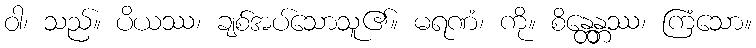
ဝါ၊ သည်။ ပိယဿ၊ ချစ်အပ်သောသူ၏။ မရဏံ၊ ကို။ စိန္တေန္တဿ၊ ကြံသော။